Investigations into the jail dietaries of the United Provinces with some observations on the influence of dietary on the physical development and well-being of the people of the United Provinces - Number 48
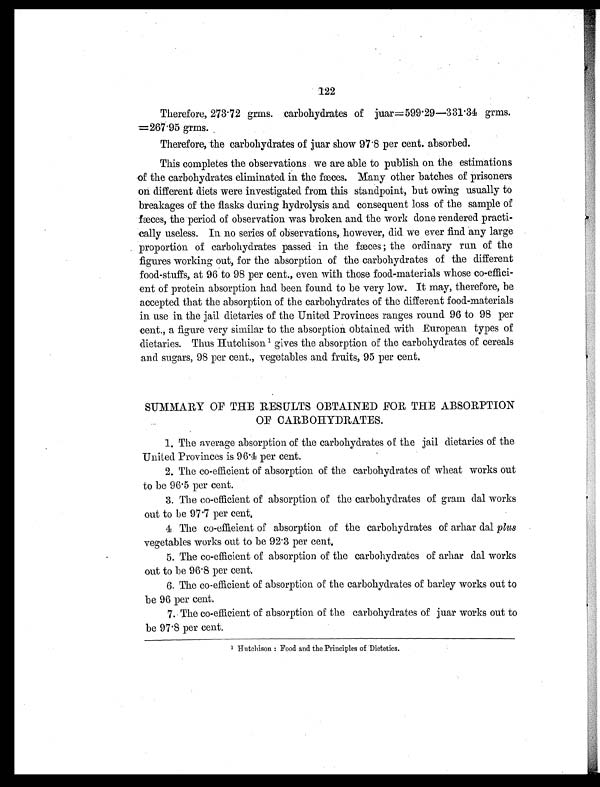
122
Therefore, 273.72 grms. carbohydrates of juar=599.29—331.34 grms.
=267.95 grms.
Therefore, the carbohydrates of juar show 97.8 per cent. absorbed.
This completes the observations we are able to publish on the estimations
of the carbohydrates eliminated in the fæces. Many other batches of prisoners
on different diets were investigated from this standpoint, but owing usually to
breakages of the flasks during hydrolysis and consequent loss of the sample of
fæces, the period of observation was broken and the work done rendered practi-
cally useless. In no series of observations, however, did we ever find any large
proportion of carbohydrates passed in the fæces; the ordinary run of the
figures working out, for the absorption of the carbohydrates of the different
food-stuffs, at 96 to 98 per cent., even with those food-materials whose co-effici-
ent of protein absorption had been found to be very low. It may, therefore, be
accepted that the absorption of the carbohydrates of the different food-materials
in use in the jail dietaries of the United Provinces ranges round 96 to 98 per
cent., a figure very similar to the absorption obtained with European types of
dietaries. Thus Hutchison 1 gives the absorption of the carbohydrates of cereals
and sugars, 98 per cent., vegetables and fruits, 95 per cent.
SUMMARY OF THE RESULTS OBTAINED FOR THE ABSORPTION
OF CARBOHYDRATES.
1. The average absorption of the carbohydrates of the jail dietaries of the
United Provinces is 96.4 per cent.
2. The co-efficient of absorption of the carbohydrates of wheat works out
to be 96.5 per cent.
3. The co-efficient of absorption of the carbohydrates of gram dal works
out to be 97.7 per cent.
4 The co-efficient of absorption of the carbohydrates of arhar dal plus
vegetables works out to be 92.3 per cent.
5. The co-efficient of absorption of the carbohydrates of arhar dal works
out to be 96.8 per cent.
6. The co-efficient of absorption of the carbohydrates of barley works out to
be 96 per cent.
7. The co-efficient of absorption of the carbohydrates of juar works out to
be 97.8 per cent.
1 Hutchison: Food and the Principles of Dietetics.